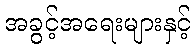
အခွင့်အရေးများနှင့်